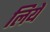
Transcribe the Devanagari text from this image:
लियेे